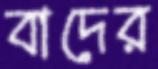
বাদের